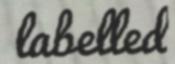
labelled